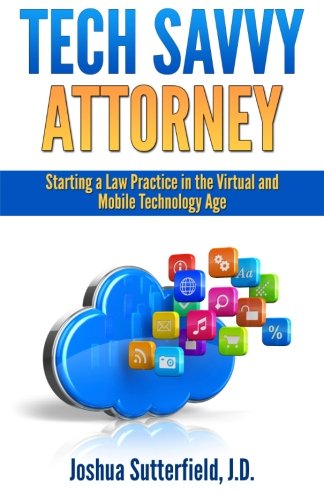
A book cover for Tech Savvy Attorney: Starting a Law Practice in the Virtual and Mobile Technology Age; Joshua Sutterfield; Law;